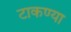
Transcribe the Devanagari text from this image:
टाकण्या